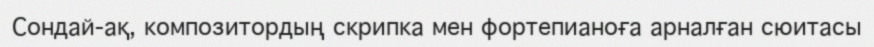
Сондай-ақ, композитордың скрипка мен фортепианоға арналған сюитасы